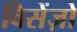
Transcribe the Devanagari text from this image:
विसेंज़ो